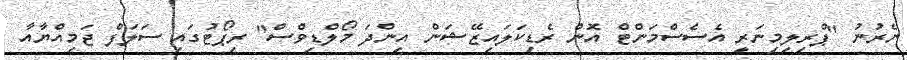
ނެރުނު "ޕްރިލިމިނަރީ އެސެސްމަންޓް އޮން ރެޑިކަލައިޒޭޝަން އިންދަ މޯލްޑިވްސް" ރިޕޯޓުގައި ސަލަފް ޖަމިއްޔާއާ